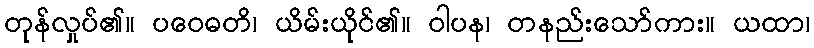
တုန်လှုပ်၏။ ပဝေဓတိ၊ ယိမ်းယိုင်၏။ ဝါပန၊ တနည်းသော်ကား။ ယထာ၊